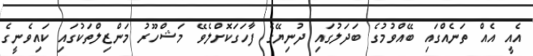
އެއީ އެއް ތަނެއްގައި ބޭއްވުމުގެ ބަދަލުގައި ދުނިޔޭގެ ފާހަގަކޮށްލެވޭ މަޝްހޫރު މަންޒިލްތަކުގައި ކައިވެނީގެ